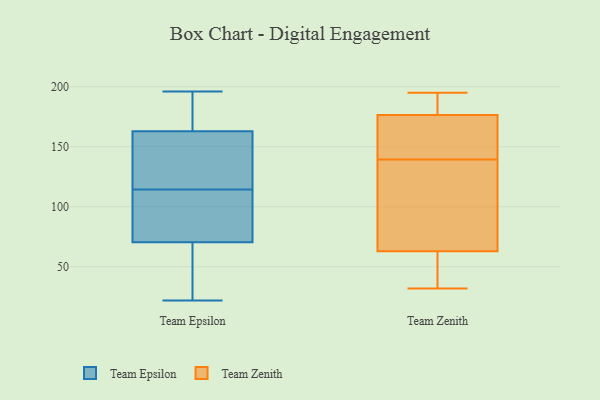
{"axis": {"x": "Shipments", "y": "Value"}, "legend": ["Team Epsilon", "Team Zenith"], "data": [{"x": "", "y": 107, "type": "Team Epsilon"}, {"x": "", "y": 180, "type": "Team Epsilon"}, {"x": "", "y": 102, "type": "Team Epsilon"}, {"x": "", "y": 22, "type": "Team Epsilon"}, {"x": "", "y": 122, "type": "Team Epsilon"}, {"x": "", "y": 60, "type": "Team Epsilon"}, {"x": "", "y": 185, "type": "Team Epsilon"}, {"x": "", "y": 68, "type": "Team Epsilon"}, {"x": "", "y": 134, "type": "Team Epsilon"}, {"x": "", "y": 74, "type": "Team Epsilon"}, {"x": "", "y": 134, "type": "Team Epsilon"}, {"x": "", "y": 196, "type": "Team Epsilon"}, {"x": "", "y": 73, "type": "Team Epsilon"}, {"x": "", "y": 38, "type": "Team Epsilon"}, {"x": "", "y": 104, "type": "Team Epsilon"}, {"x": "", "y": 195, "type": "Team Epsilon"}, {"x": "", "y": 165, "type": "Team Epsilon"}, {"x": "", "y": 161, "type": "Team Epsilon"}, {"x": "", "y": 145, "type": "Team Epsilon"}, {"x": "", "y": 48, "type": "Team Epsilon"}, {"x": "", "y": 32, "type": "Team Zenith"}, {"x": "", "y": 46, "type": "Team Zenith"}, {"x": "", "y": 156, "type": "Team Zenith"}, {"x": "", "y": 55, "type": "Team Zenith"}, {"x": "", "y": 169, "type": "Team Zenith"}, {"x": "", "y": 138, "type": "Team Zenith"}, {"x": "", "y": 185, "type": "Team Zenith"}, {"x": "", "y": 175, "type": "Team Zenith"}, {"x": "", "y": 189, "type": "Team Zenith"}, {"x": "", "y": 182, "type": "Team Zenith"}, {"x": "", "y": 195, "type": "Team Zenith"}, {"x": "", "y": 71, "type": "Team Zenith"}, {"x": "", "y": 48, "type": "Team Zenith"}, {"x": "", "y": 141, "type": "Team Zenith"}, {"x": "", "y": 80, "type": "Team Zenith"}, {"x": "", "y": 136, "type": "Team Zenith"}, {"x": "", "y": 163, "type": "Team Zenith"}, {"x": "", "y": 46, "type": "Team Zenith"}, {"x": "", "y": 118, "type": "Team Zenith"}, {"x": "", "y": 178, "type": "Team Zenith"}]}